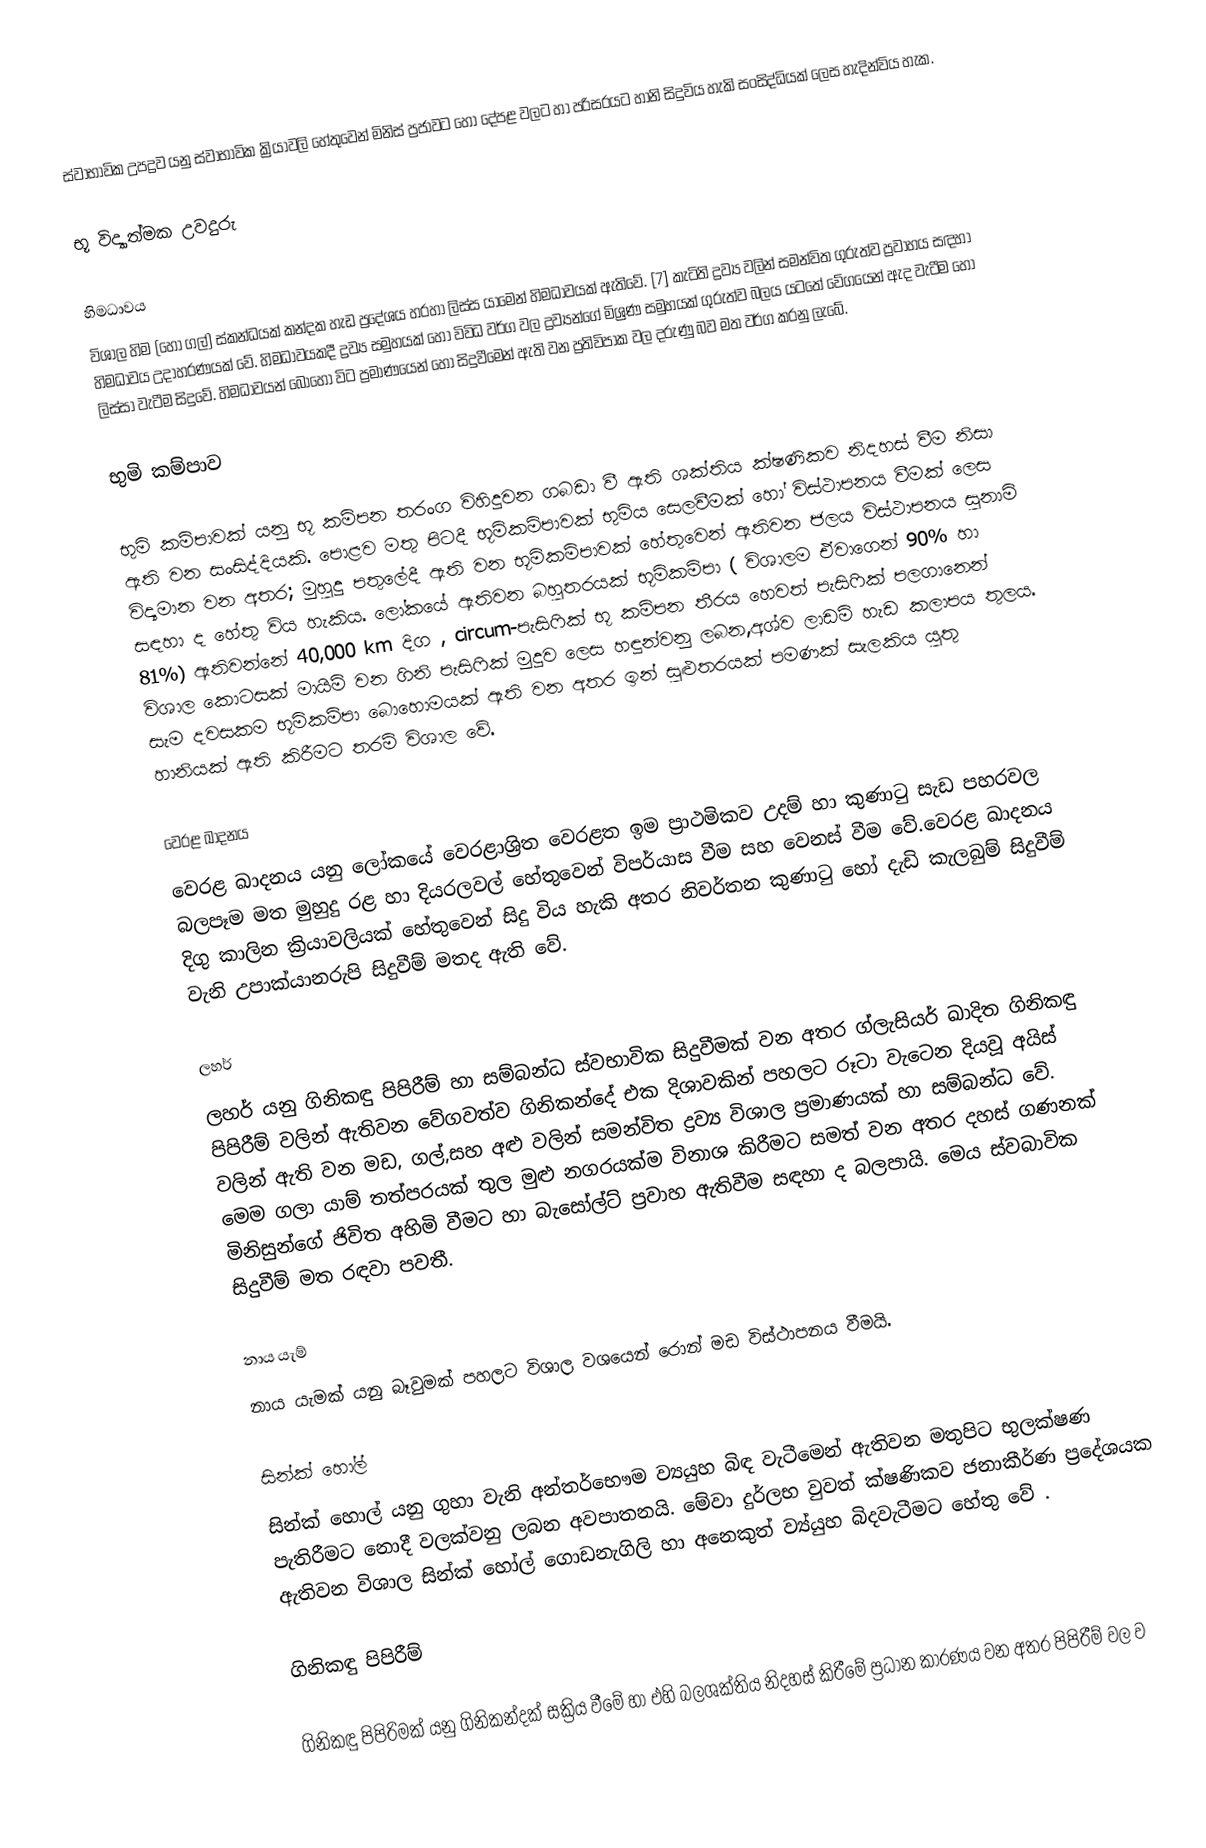
ස්වාභාවික උපද්‍රව ‍යනු ස්වාභාවික ක්‍රියාවලි හේතුවෙන් මිනිස් ප්‍රජාවට හෝ දේපළ වලට හා පරිසරයට හානි සිදුවිය හැකි සංසිද්ධියක් ලෙස හැදින්විය හැක.

භූ විද්‍යාත්මක  උවදුරු

හිමධාවය
විශාල හිම (හෝ ගල්) ස්කන්ධයක් කන්දක හැඩ ප්‍රදේශය හරහා ලිස්ස යාමෙන් හිමධාවයක් ඇතිවේ. [7]  කැටිති ද්‍රව්‍ය වලින් සමන්විත ගුරුත්ව ප්‍රවාහය සඳහා හිමධාවය උදාහරණයක් වේ. හිමධාවයකදී ද්‍රව්‍ය සමුහයක් හෝ විවිධ වර්ග වල ද්‍රව්‍යන්ගේ මිශ්‍රණ සමුහයක් ගුරුත්ව බලය යටතේ වේගයෙන් ඇද වැටීම හෝ ලිස්සා වැටීම සිදුවේ. හිමධාවයන්  බොහෝ විට ප්‍රමාණයෙන් හෝ සිදුවීමෙන් ඇති වන ප්‍රතිවිපාක වල දරුණු බව  මත වර්ග කරනු ලැබේ.

භුමි කම්පාව

භුමි කම්පාවක් යනු භූ කම්පන තරංග විහිදුවන ගබඩා වී ඇති ශක්තිය ක්ෂණිකව නිදහස් වීම නිසා ඇති වන සංසිද්දියකි. පොළව මතු පිටදී භූමිකම්පාවක් භුමිය සෙලවීමක් හෝ විස්ථාපනය වීමක් ලෙස විද්‍යමාන වන අතර; මුහුදු පතුලේදී ඇති වන භූමිකම්පාවක් හේතුවෙන් ඇතිවන ජලය විස්ථාපනය සුනාමි සඳහා ද  හේතු විය හැකිය. ලෝකයේ ඇතිවන බහුතරයක් භූමිකම්පා ( විශාලම ඒවාගෙන් 90% හා 81%) ඇතිවන්නේ 40,000 km දිග , circum-පැසිෆික් භූ කම්පන තීරය හෙවත් පැසිෆික් පලගානෙන් විශාල කොටසක් මායිම් වන  ගිනි පැසිෆික් මුදුව ලෙස හඳුන්වනු ලබන,අශ්ව ලාඩම් හැඩ කලාපය තුලය. සැම දවසකම භූමිකම්පා බොහොමයක් ඇති වන අතර ඉන් සුළුතරයක් පමණක් සැලකිය යුතු හානියක් ඇති කිරීමට තරම් විශාල වේ.

වෙරළ ඛාදනය
 වෙරළ ඛාදනය යනු ලෝකයේ වෙරළාශ්‍රිත වෙරළත ඉම ප්‍රාථමිකව උදම් හා කුණාටු සැඩ පහරවල බලපෑම මත  මුහුදු රළ හා දියරලවල් හේතුවෙන් විපර්යාස වීම සහ වෙනස් වීම වේ.වෙරළ ඛාදනය දිගු කාලින ක්‍රියාවලියක් හේතුවෙන් සිදු විය හැකි අතර නිවර්තන කුණාටු හෝ දැඩි කැලබුම් සිදුවීම්  වැනි උපාක්යානරුපි සිදුවීම් මතද ඇති වේ.

ලහර්
ලහර් යනු ගිනිකඳු පිපිරීම් හා සම්බන්ධ ස්වභාවික සිදුවීමක් වන අතර ග්ලැසියර් ඛාදිත ගිනිකඳු පිපිරීම් වලින් ඇතිවන වේගවත්ව ගිනිකන්දේ එක දිශාවකින් පහලට රූටා වැටෙන  දියවූ අයිස් වලින් ඇති වන මඩ, ගල්,සහ අළු වලින් සමන්විත ද්‍රව්‍ය විශාල ප්‍රමාණයක් හා සම්බන්ධ වේ.  මෙම ගලා යාම් තත්පරයක් තුල මුළු නගරයක්ම විනාශ කිරීමට සමත් වන අතර  දහස් ගණනක් මිනිසුන්ගේ ජිවිත අහිමි වීමට  හා බැසෝල්ට් ප්‍රවාහ ඇතිවීම සඳහා ද බලපායි. මෙය ස්වබාවික සිදුවීම් මත රඳවා පවතී.

නාය යැම්
නාය යැමක් යනු  බෑවුමක් පහලට විශාල වශයෙන් රොන් මඩ විස්ථාපනය වීමයි.

සින්ක් හෝල්
සින්ක් හොල් යනු  ගුහා වැනි අන්තර්භෞම ව්‍යයුහ බිඳ වැටීමෙන් ඇතිවන මතුපිට භුලක්ෂණ පැතිරීමට නොදී වලක්වනු ලබන අවපාතනයි. මේවා දුර්ලභ වුවත් ක්ෂණිකව ජනාකීර්ණ ප්‍රදේශයක ඇතිවන විශාල සින්ක් හෝල් ගොඩනැගිලි හා අනෙකුත් ව්‍ය්යුහ බිදවැටීමට හේතු වේ .

ගිනිකඳු පිපිරීම්

ගිනිකඳු පිපිරිමක් යනු ගිනිකන්දක් සක්‍රිය වීමේ හා එහි බලශක්තිය නිදහස් කිරීමේ ප්‍රධාන කාරණය වන අතර  පිපිරීම් වල ව